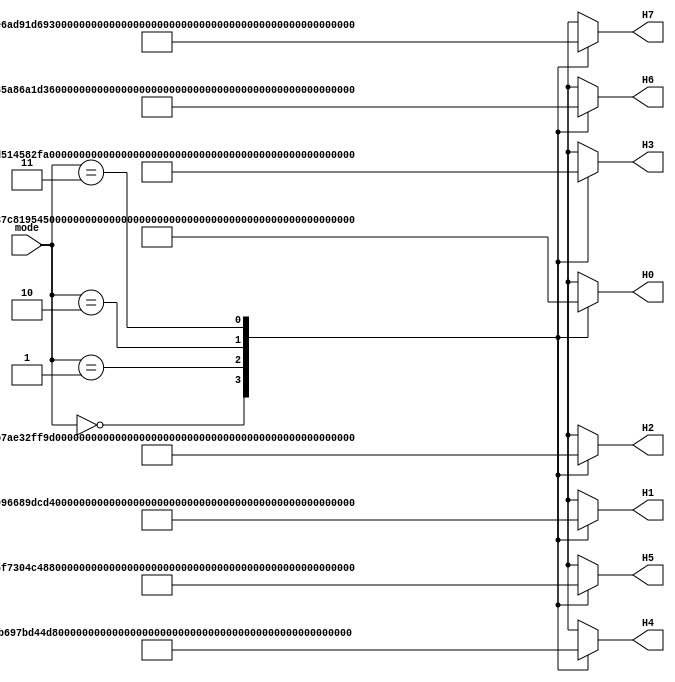
module sha512_h_constants(
                          input wire  [1 : 0]  mode,
                          output wire [63 : 0] H0,
                          output wire [63 : 0] H1,
                          output wire [63 : 0] H2,
                          output wire [63 : 0] H3,
                          output wire [63 : 0] H4,
                          output wire [63 : 0] H5,
                          output wire [63 : 0] H6,
                          output wire [63 : 0] H7
                         );
  reg [63 : 0] tmp_H0;
  reg [63 : 0] tmp_H1;
  reg [63 : 0] tmp_H2;
  reg [63 : 0] tmp_H3;
  reg [63 : 0] tmp_H4;
  reg [63 : 0] tmp_H5;
  reg [63 : 0] tmp_H6;
  reg [63 : 0] tmp_H7;
  assign H0 = tmp_H0;
  assign H1 = tmp_H1;
  assign H2 = tmp_H2;
  assign H3 = tmp_H3;
  assign H4 = tmp_H4;
  assign H5 = tmp_H5;
  assign H6 = tmp_H6;
  assign H7 = tmp_H7;
  always @*
    begin : mode_mux
      case(mode)
        0:
          begin
            tmp_H0 = 64'h8c3d37c819544da2;
            tmp_H1 = 64'h73e1996689dcd4d6;
            tmp_H2 = 64'h1dfab7ae32ff9c82;
            tmp_H3 = 64'h679dd514582f9fcf;
            tmp_H4 = 64'h0f6d2b697bd44da8;
            tmp_H5 = 64'h77e36f7304c48942;
            tmp_H6 = 64'h3f9d85a86a1d36c8;
            tmp_H7 = 64'h1112e6ad91d692a1;
          end
        1:
          begin
            tmp_H0 = 64'h22312194fc2bf72c;
            tmp_H1 = 64'h9f555fa3c84c64c2;
            tmp_H2 = 64'h2393b86b6f53b151;
            tmp_H3 = 64'h963877195940eabd;
            tmp_H4 = 64'h96283ee2a88effe3;
            tmp_H5 = 64'hbe5e1e2553863992;
            tmp_H6 = 64'h2b0199fc2c85b8aa;
            tmp_H7 = 64'h0eb72ddc81c52ca2;
          end
        2:
          begin
            tmp_H0 = 64'hcbbb9d5dc1059ed8;
            tmp_H1 = 64'h629a292a367cd507;
            tmp_H2 = 64'h9159015a3070dd17;
            tmp_H3 = 64'h152fecd8f70e5939;
            tmp_H4 = 64'h67332667ffc00b31;
            tmp_H5 = 64'h8eb44a8768581511;
            tmp_H6 = 64'hdb0c2e0d64f98fa7;
            tmp_H7 = 64'h47b5481dbefa4fa4;
          end
        3:
          begin
            tmp_H0 = 64'h6a09e667f3bcc908;
            tmp_H1 = 64'hbb67ae8584caa73b;
            tmp_H2 = 64'h3c6ef372fe94f82b;
            tmp_H3 = 64'ha54ff53a5f1d36f1;
            tmp_H4 = 64'h510e527fade682d1;
            tmp_H5 = 64'h9b05688c2b3e6c1f;
            tmp_H6 = 64'h1f83d9abfb41bd6b;
            tmp_H7 = 64'h5be0cd19137e2179;
          end
      endcase 
    end 
endmodule